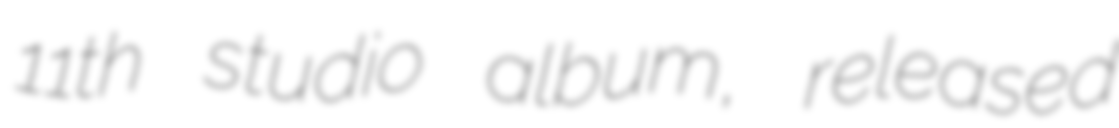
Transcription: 11th studio album, released